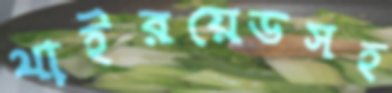
থাইরয়েডসহ